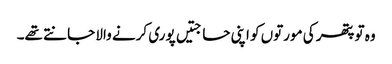
وہ تو پتھر کی مورتوں کو اپنی حاجتیں پوری کرنے والا جانتے تھے۔